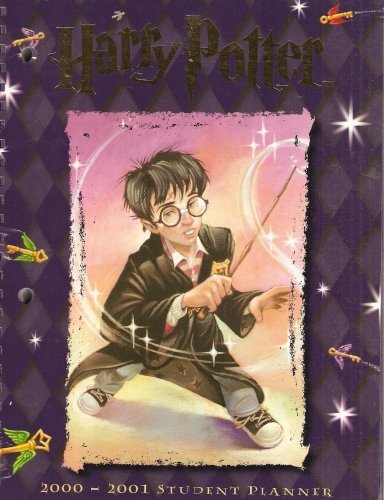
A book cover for Harry Potter Student Planner 2001 Calendar; Calendars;